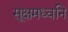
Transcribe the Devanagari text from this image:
सूक्षमध्वनि